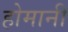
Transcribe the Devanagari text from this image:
होमानी